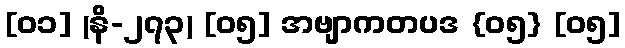
[၀၁] (နိ-၂၇၃) [၀၅] အဗျာကတပဒ {၀၅} [၀၅]